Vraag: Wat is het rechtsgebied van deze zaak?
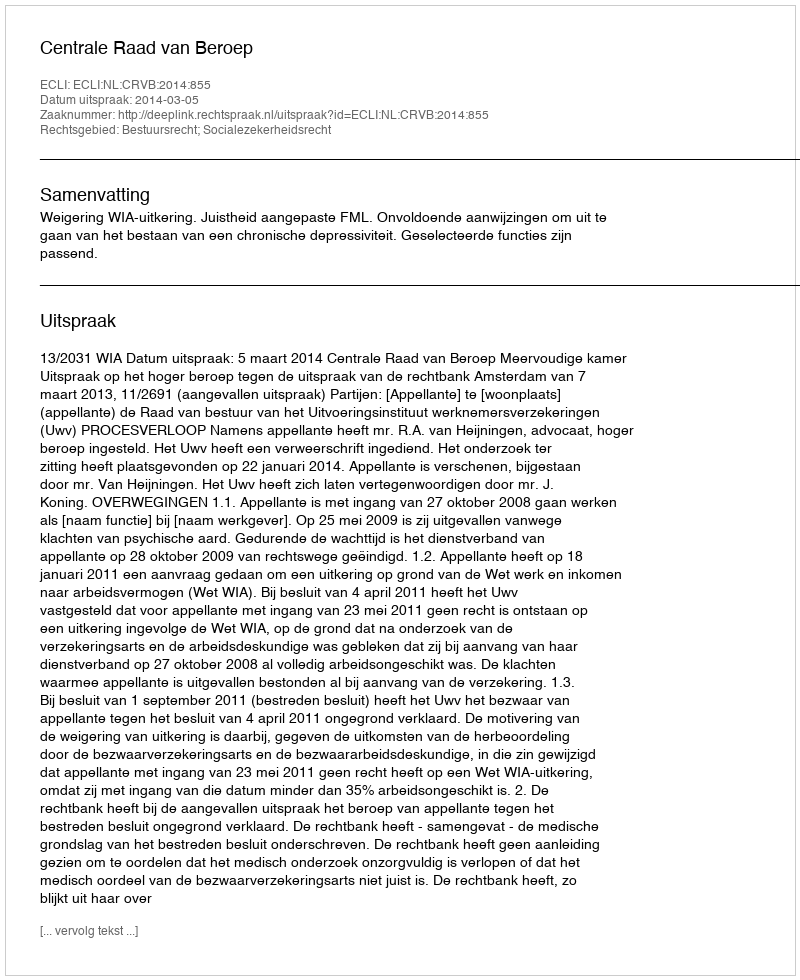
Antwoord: Bestuursrecht; Socialezekerheidsrecht